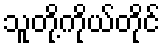
သူတို့ကိုယ်တိုင်